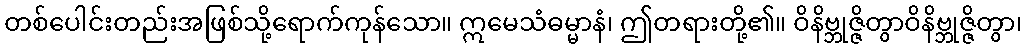
တစ်ပေါင်းတည်းအဖြစ်သို့ရောက်ကုန်သော။ ဣမေသံဓမ္မာနံ၊ ဤတရားတို့၏။ ဝိနိဗ္ဘုဇ္ဇိတွာဝိနိဗ္ဘုဇ္ဇိတွာ၊